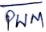
Text: PWM